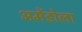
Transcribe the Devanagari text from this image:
अमेंडोला